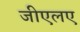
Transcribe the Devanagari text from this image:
जीएलए